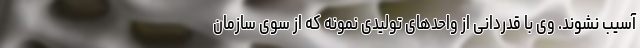
آسیب نشوند. وی با قدردانی از واحدهای تولیدی نمونه که از سوی سازمان